Report of the King Institute of Preventive Medicine, Guindy
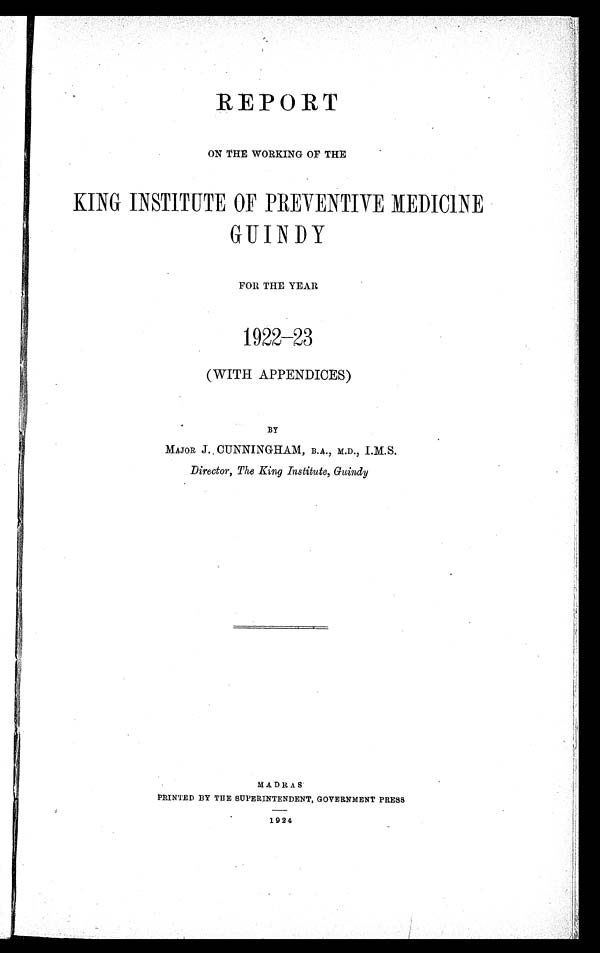
REPORT
ON THE WORKING OF THE
KING INSTITUTE OF PREVENTIVE MEDICINE
GUINDY
FOR THE YEAR
1922–23
(WITH APPENDICES)
BY
MAJOR J. CUNNINGHAM, B.A., M.D., I.M.S.
Director, The King Institute, Guindy
MADR AS
PRINTED BY THE SUPERINTENDENT, GOVERNMENT PRESS
1924